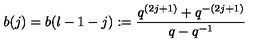
b ( j ) = b ( l - 1 - j ) : = \frac { q ^ { ( 2 j + 1 ) } + q ^ { - ( 2 j + 1 ) } } { q - q ^ { - 1 } }